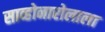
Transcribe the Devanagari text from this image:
साव्होनारोलाला